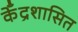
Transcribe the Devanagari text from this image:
केँद्रशासित